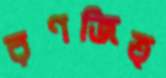
রণজিত্